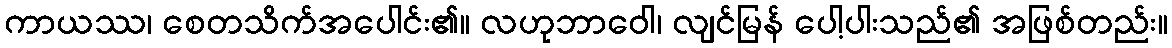
ကာယဿ၊ စေတသိက်အပေါင်း၏။ လဟုဘာဝေါ၊ လျင်မြန် ပေါ့ပါးသည်၏ အဖြစ်တည်း။